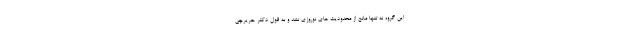
این گروه نه تنها مانع از محدودیت های نوروزی نشد و به قول دکتر حریرچی